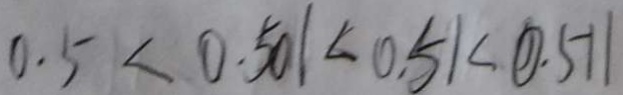
0 . 5 < 0 . 5 0 1 < 0 . 5 1 < 0 . 5 1 1